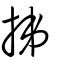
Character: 挮